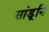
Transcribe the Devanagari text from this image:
सांडूनि